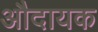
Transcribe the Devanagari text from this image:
औदायक